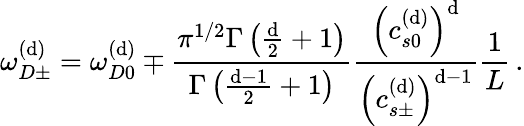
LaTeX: \omega_{D\pm}^{\left(\mathrm{d}\right)}=\omega_{D0}^{\left(\mathrm{d}\right)}\mp\frac{{\pi^{1/2}\Gamma\left(\frac{{\mathrm{d}}}{{2}}+1\right)}}{{\Gamma\left(\frac{{\mathrm{d}-1}}{{2}}+1\right)}}\frac{{\left(c_{s0}^{\left(\mathrm{d}\right)}\right)^{\mathrm{d}}}}{{\left(c_{s\pm}^{\left(\mathrm{d}\right)}\right)^{\mathrm{d}-1}}}\frac{{1}}{{L}}\, .